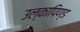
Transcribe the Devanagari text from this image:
उल्‍कापिण्‍ड